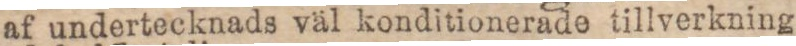
af undertecknads väl konditionerade tillverkning